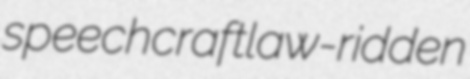
speechcraft law-ridden